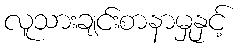
လူသားချင်းစာနာမှုနှင့်